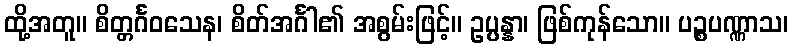
ထို့အတူ။ စိတ္တင်္ဂဝသေန၊ စိတ်အင်္ဂါ၏ အစွမ်းဖြင့်။ ဥပ္ပန္နာ၊ ဖြစ်ကုန်သော။ ပဉ္စပဏ္ဏာသ၊